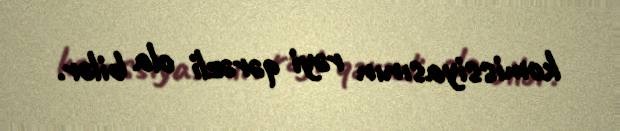
komissiyasının rəyi qərəzli ola bilər.